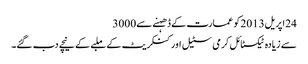
24اپریل2013کو عمارت کے ڈھہنے سے3000
سے زیادہ ٹیکسٹائل کرمی سٹیل اور کنکریٹ کے ملبے کے نیچے دب گئے۔